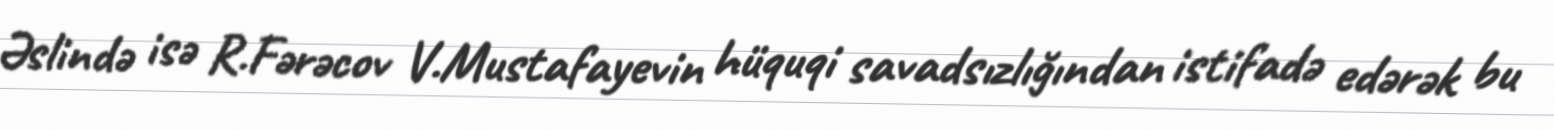
Əslində isə R.Fərəcov V.Mustafayevin hüquqi savadsızlığından istifadə edərək bu